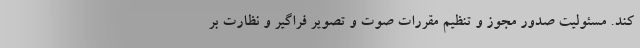
کند. مسئولیت صدور مجوز و تنظیم مقررات صوت و تصویر فراگیر و نظارت بر